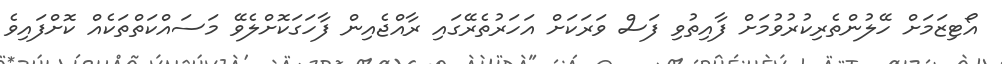
އޯޓިޒަމަށް ހޭލުންތެރިކުރުވުމަށް ފާއިތުވި ފަސް ވަރަކަށް އަހަރުތެރޭގައި ރާއްޖެއިން ފާހަގަކޮށްލެވޭ މަސައްކަތްތަކެއް ކޮށްފައިވެ